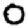
Digit: 0